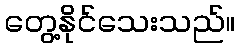
တွေ့နိုင်သေးသည်။